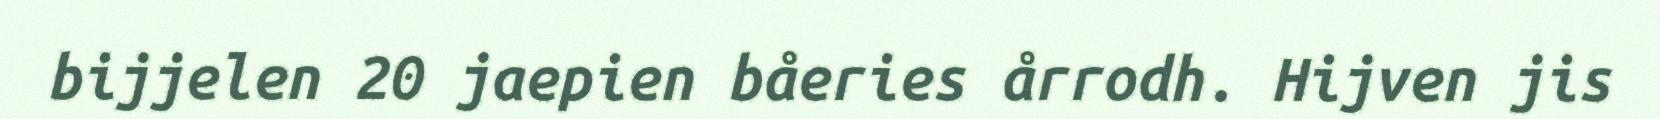
bijjelen 20 jaepien båeries årrodh. Hijven jis